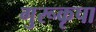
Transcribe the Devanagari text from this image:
गुरूकृपा